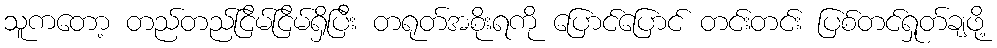
သူကတော့ တည်တည်ငြိမ်ငြိမ်ရှိပြီး တရုတ်အစိုးရကို ပြောင်ပြောင် တင်းတင်း ပြစ်တင်ရှုတ်ချဖို့